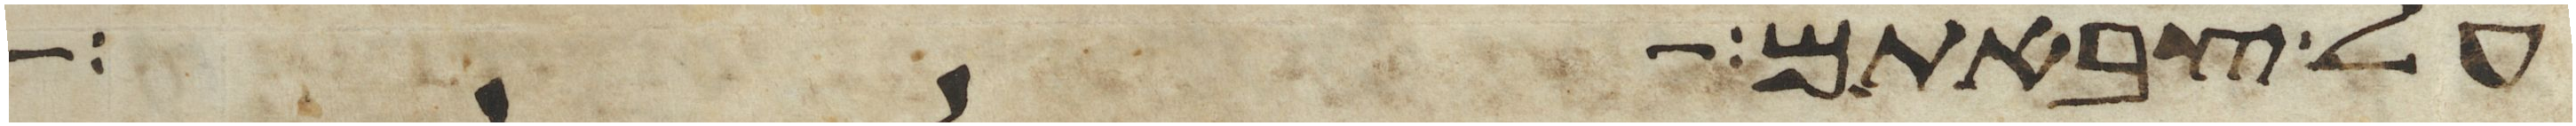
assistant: על צבאתם הם